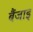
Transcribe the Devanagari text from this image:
बैंजाइ